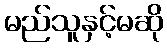
မည်သူနှင့်မဆို